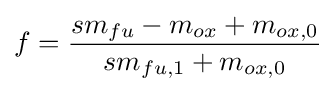
f={\frac {sm_{fu}-m_{ox}+m_{ox,0}}{sm_{fu,1}+m_{ox,0}}}